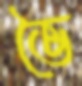
ভৈ